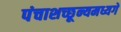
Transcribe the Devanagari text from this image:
पंचाशच्छून्यमध्यगे